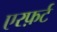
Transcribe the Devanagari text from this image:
एरफ़र्ट